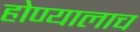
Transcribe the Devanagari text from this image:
होण्यालाच